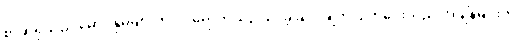
စာဆိုရှိသည် မောင်နှမများက ဝင်ရောက်ယှဉ်ပြိုင်ခဲ့ခြင်း ချက်ပြုတ်ပေးသည် အချိန်များကို